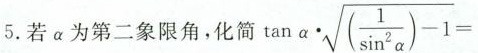
5.若a為第二象限角，化简 $$\tan a \cdot \sqrt { ( \frac { 1 } { \sin ^ { 2 } a } ) - 1 } =